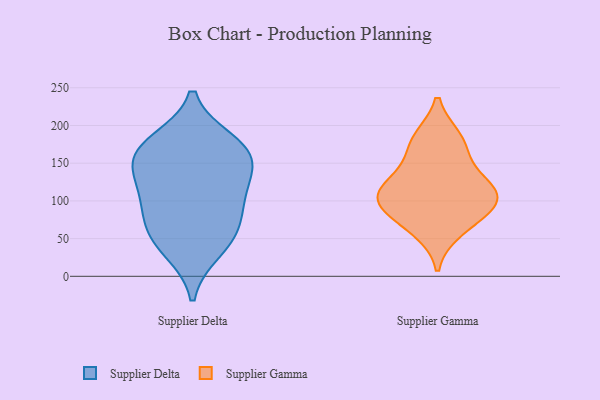
{"axis": {"x": "Waste Production (Tons)", "y": "Value"}, "legend": ["Supplier Delta", "Supplier Gamma"], "data": [{"x": "", "y": 62, "type": "Supplier Delta"}, {"x": "", "y": 57, "type": "Supplier Delta"}, {"x": "", "y": 36, "type": "Supplier Delta"}, {"x": "", "y": 130, "type": "Supplier Delta"}, {"x": "", "y": 103, "type": "Supplier Delta"}, {"x": "", "y": 100, "type": "Supplier Delta"}, {"x": "", "y": 177, "type": "Supplier Delta"}, {"x": "", "y": 160, "type": "Supplier Delta"}, {"x": "", "y": 167, "type": "Supplier Delta"}, {"x": "", "y": 156, "type": "Supplier Delta"}, {"x": "", "y": 61, "type": "Supplier Gamma"}, {"x": "", "y": 106, "type": "Supplier Gamma"}, {"x": "", "y": 116, "type": "Supplier Gamma"}, {"x": "", "y": 79, "type": "Supplier Gamma"}, {"x": "", "y": 183, "type": "Supplier Gamma"}, {"x": "", "y": 147, "type": "Supplier Gamma"}, {"x": "", "y": 106, "type": "Supplier Gamma"}, {"x": "", "y": 92, "type": "Supplier Gamma"}, {"x": "", "y": 116, "type": "Supplier Gamma"}, {"x": "", "y": 178, "type": "Supplier Gamma"}]}